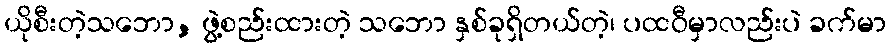
ယိုစီးတဲ့သဘော, ဖွဲ့စည်းထားတဲ့ သဘော နှစ်ခုရှိတယ်တဲ့၊ ပထဝီမှာလည်းပဲ ခက်မာ